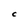
Character: C